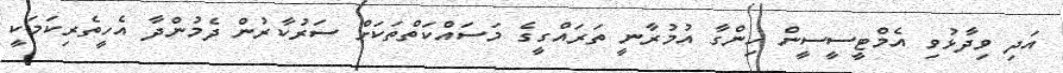
އަދި ވިދާޅުވި އެމްޓީސީސީން ހިންގާ އުމުރާނީ ތަރައްގީގެ މަސައްކަތްތަކަށް ސަރުކާރުން ދެމުންދާ އެހީތެރިކަމަކީ